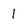
Character: l